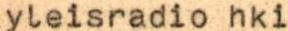
yleisradio hki